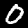
Digit: 0